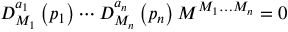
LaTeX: D _ { M _ { 1 } } ^ { a _ { 1 } } \left( p _ { 1 } \right) \cdots D _ { M _ { n } } ^ { a _ { n } } \left( p _ { n } \right) { \cal M } ^ { M _ { 1 } \dots M _ { n } } = 0